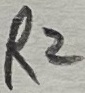
Text: R2